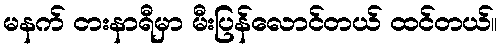
မနက် ငားနာရီမှာ မီးပြန်လောင်တယ် ထင်တယ်။